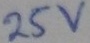
Text: 25V